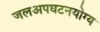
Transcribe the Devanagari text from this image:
जलअपघटनयोग्य